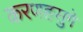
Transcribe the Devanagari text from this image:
करणहसुगे